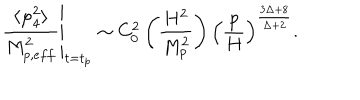
LaTeX: \left. \frac { \langle \varphi _ { 4 } ^ { 2 } \rangle } { M _ { p , e f f } ^ { 2 } } \right\vert _ { t = t _ { p } } \sim C _ { 0 } ^ { 2 } \left( \frac { H ^ { 2 } } { M _ { p } ^ { 2 } } \right) \left( \frac { p } { H } \right) ^ { \frac { 3 \Delta + 8 } { \Delta + 2 } } .